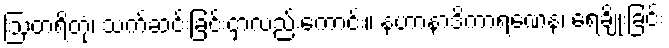
ဩတရိတုံ၊ သက်ဆင်းခြင်းငှာလည်းကောင်း။ နဟာနာဒိကာရဏေန၊ ရေချိုးခြင်း